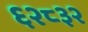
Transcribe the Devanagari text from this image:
६२८३२